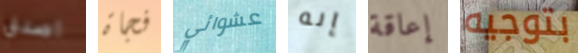
اصدق فجاة عشوائي إنه إعاقة بتوجيه